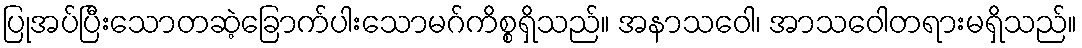
ပြုအပ်ပြီးသောတဆဲ့ခြောက်ပါးသောမဂ်ကိစ္စရှိသည်။ အနာသဝေါ၊ အာသဝေါတရားမရှိသည်။